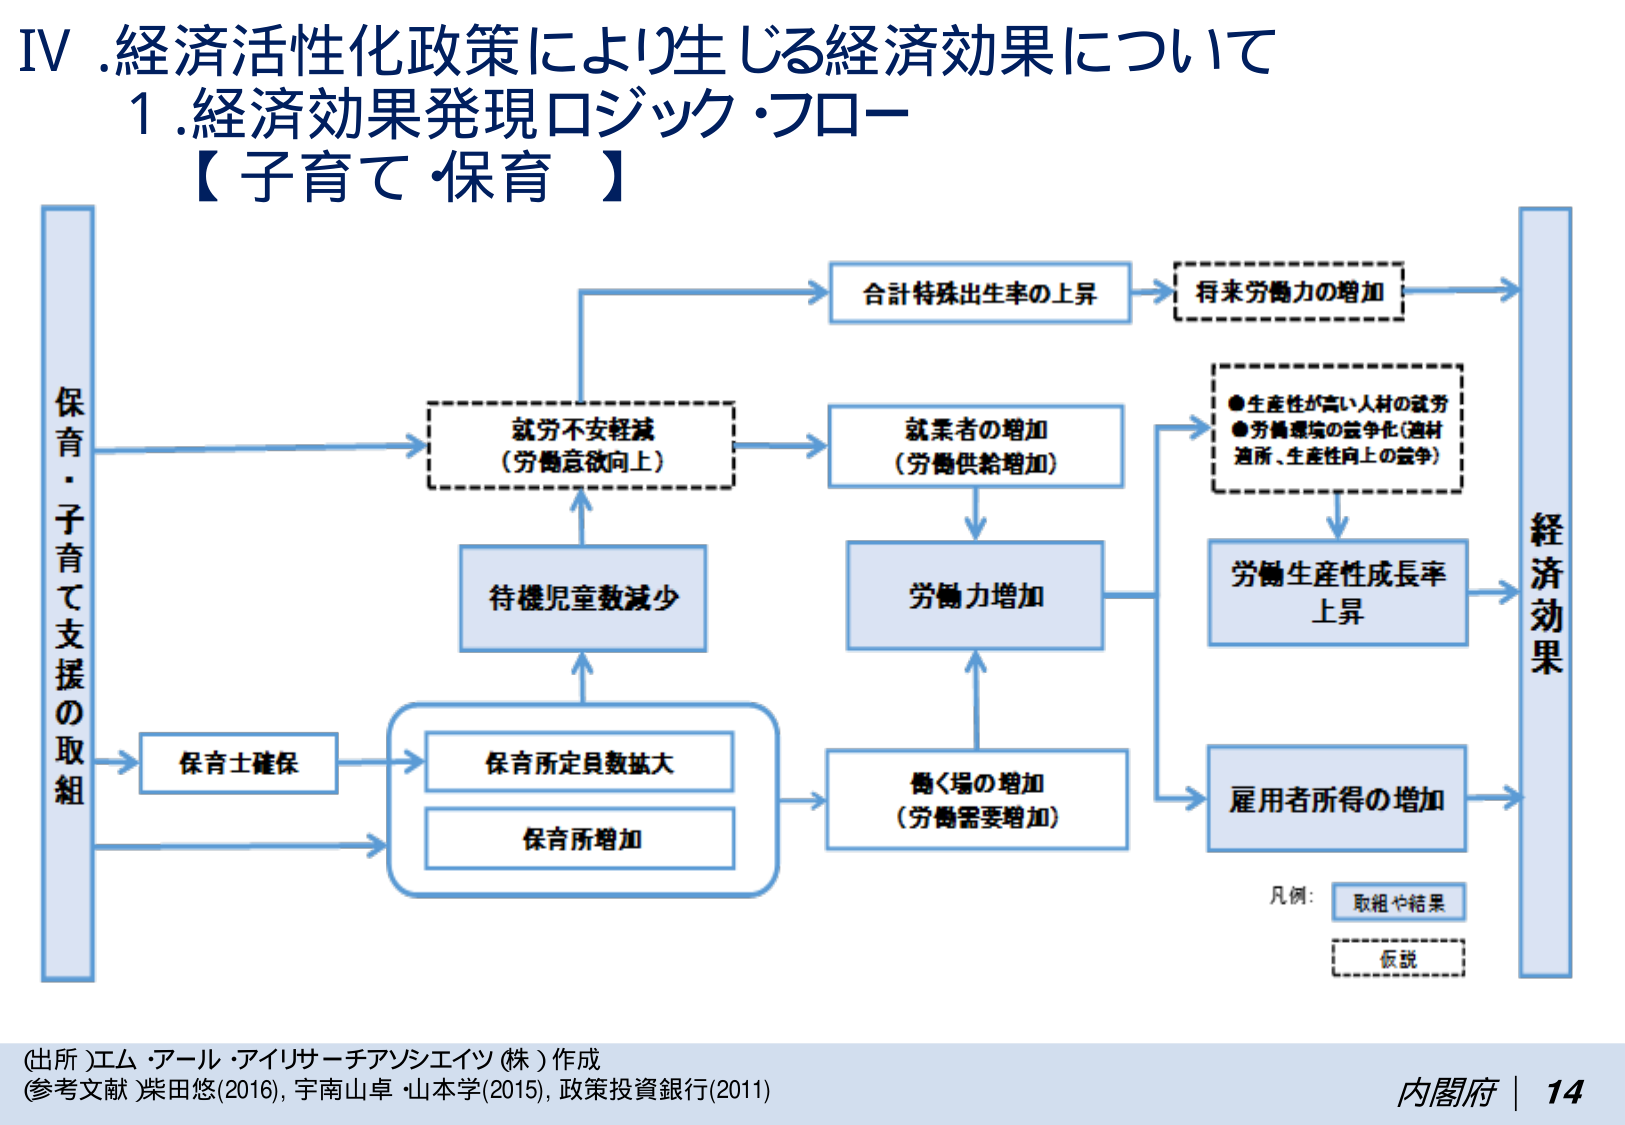
IV. 経済活性化政策により生じる経済効果について
1. 経済効果発現ロジック・フロー
【子育て・保育】

保育・子育て支援の取組
→ 保育士確保
→ 保育所定員数拡大
→ 保育所増加
→ 待機児童数減少
→ 就労不安軽減（労働意欲向上）
→ 合計特殊出生率の上昇
→ 将来労働力の増加
→ 就業者の増加（労働供給増加）
→ 労働力増加
→ 働く場の増加（労働需要増加）
→ 労働生産性成長率上昇
→ 雇用者所得の増加
→ 経済効果

●生産性が高い人材の就労
●労働環境の競争化（適材適所、生産性向上の競争）

凡例：
取組や結果
仮説

（出所）エム・アール・アイリサーチアンシエイツ（株）作成
（参考文献）柴田悠(2016), 宇南山卓・山本学(2015), 政策投資銀行(2011)
内閣府 | 14